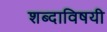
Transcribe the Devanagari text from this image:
शब्दाविषयी